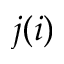
j ( i )